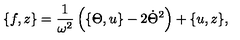
\{ f , z \} = \frac { 1 } { \omega ^ { 2 } } \left( \{ \Theta , u \} - 2 \dot { \Theta } ^ { 2 } \right) + \{ u , z \} ,